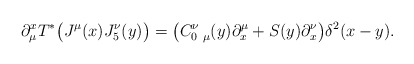
\begin{align*}\partial^{x}_{\mu}T^{*} \big( J^{\mu}(x)J^{\nu}_{5}(y) \big)= \big( C_{0\ \mu}^{\nu}(y)\partial^{\mu}_{x}+S(y)\partial^{\nu}_{x} \big) \delta^{2}(x-y).\end{align*}